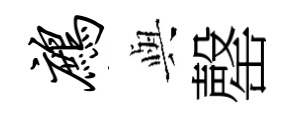
鹧𫤰罄